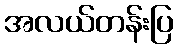
အလယ်တန်းပြ